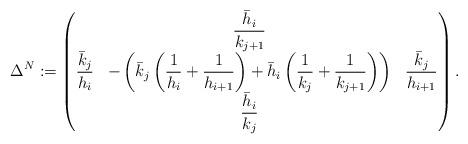
LaTeX: \begin{align*}\Delta^N_{}:=\left(\begin{matrix}&\dfrac{\bar{h}_i}{k_{j+1}}&\\\dfrac{\bar{k}_j}{h_{i}} &-\left(\bar{k}_j\left(\dfrac{1}{h_i}+\dfrac{1}{h_{i+1}}\right)+ \bar{h}_i\left(\dfrac{1}{k_j}+\dfrac{1}{k_{j+1}}\right)\right) &\dfrac{\bar{k}_j}{h_{i+1}}\\&\dfrac{\bar{h}_i}{k_{j}}&\end{matrix}\right).\end{align*}